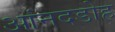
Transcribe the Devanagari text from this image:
आंनदडोह